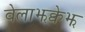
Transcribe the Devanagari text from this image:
वेलाझक्वेझ